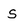
Character: S